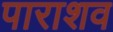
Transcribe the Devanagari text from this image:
पाराशव